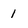
Character: 1